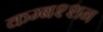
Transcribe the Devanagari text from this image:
कम्बश्शन